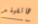
هاتفيلد